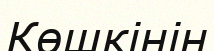
Көшкінін